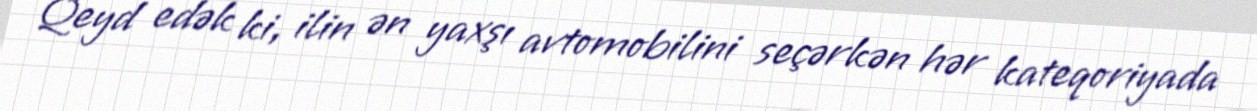
Qeyd edək ki, ilin ən yaxşı avtomobilini seçərkən hər kateqoriyada